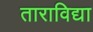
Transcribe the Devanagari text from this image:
ताराविद्या